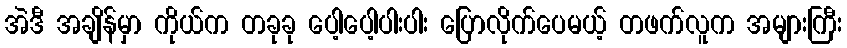
အဲဒီ အချိန်မှာ ကိုယ်က တခုခု ပေါ့ပေါ့ပါးပါး ပြောလိုက်ပေမယ့် တဖက်လူက အများကြီး